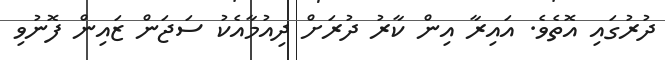
ދުރުގައި އޮތެވެ. އައިރާ އިން ކާރު ދުރަށް ދިއުމާއެކު ސަޖަން ޒައިން ފޮނުވި